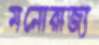
মনোরাজ্য